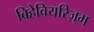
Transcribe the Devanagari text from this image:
बिहेवियरिज़्म